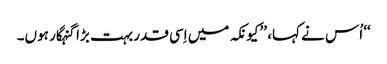
‘‘ اُس نے کہا، ’’کیونکہ میں اِسی قدر بہت بڑا گنہگار ہوں۔